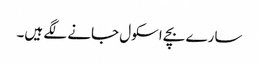
سارے بچے اسکول جانے لگے ہیں۔